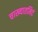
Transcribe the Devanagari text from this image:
चाख्यातमिदं